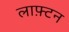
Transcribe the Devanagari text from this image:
लाफ़्टन